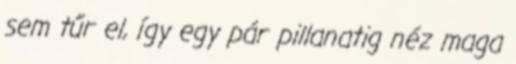
sem tűr el, így egy pár pillanatig néz maga